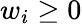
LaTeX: w_{i}\geq 0